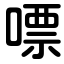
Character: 嘌